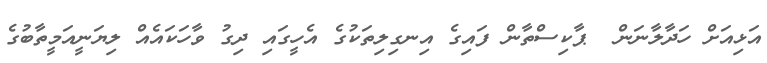
އަޅިއަށް ހަދާލާނަން  ޕާކިސްތާން ފައިގެ އިނގިލިތަކުގެ އެހީގައި ދިގު ވާހަކައެއް ލިޔަނީއަމީތާބުގެ